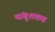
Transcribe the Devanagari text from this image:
थांबुशकत